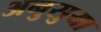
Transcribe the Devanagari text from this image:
अनुसुया